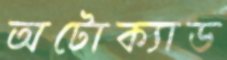
অটোক্যাড